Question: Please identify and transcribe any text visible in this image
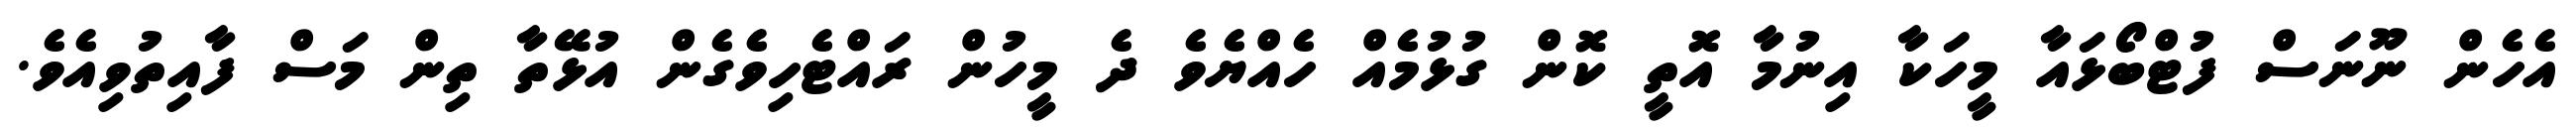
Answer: އެހެން ނޫނަސް ފުޓްބޯޅައާ މީހަކާ އިނުމާ އޮތީ ކޮން ގުޅުމެއް ހެއްޔެވެ ދެ މީހުން ރައްޓެހިވެގެން އުޅޭތާ ތިން މަސް ފާއިތުވިއެވެ.